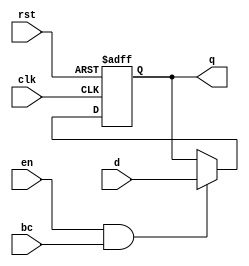
module BarrierRegister (
    input wire clk,          // Clock signal
    input wire rst,          // Asynchronous reset
    input wire en,           // Enable signal
    input wire bc,           // Barrier condition
    input wire [N-1:0] d,    // Data input (N-bit wide)
    output reg [N-1:0] q     // Data output (N-bit wide)
);
    parameter N = 8; // Define the width of the data input/output

    // Asynchronous reset and synchronous update
    always @(posedge clk or posedge rst) begin
        if (rst) begin
            q <= {N{1'b0}}; // Reset output to 0
        end else if (en && bc) begin
            q <= d; // Update output with data input
        end
        // If EN is low or BC is not satisfied, retain previous value
    end
endmodule